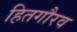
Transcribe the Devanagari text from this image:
हितगौरव